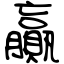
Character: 贏